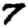
Digit: 7